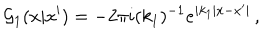
{ \cal G } _ { 1 } ( x | x ^ { \prime } ) = - 2 \pi i ( k _ { 1 } ) ^ { - 1 } e ^ { i k _ { 1 } | x - x ^ { \prime } | } \, ,